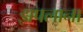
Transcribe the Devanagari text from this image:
झपलाना